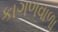
કાગળવાળા